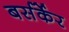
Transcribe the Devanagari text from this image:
बर्सर्केर